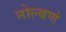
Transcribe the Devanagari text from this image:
नोल्बणं